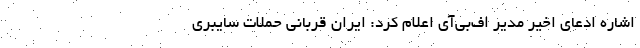
اشاره ادعای اخیر مدیر اف‌بی‌آی اعلام کرد: ایران قربانی حملات سایبری